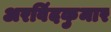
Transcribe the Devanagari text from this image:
अरविंदकुमार